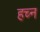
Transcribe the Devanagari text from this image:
हच्न